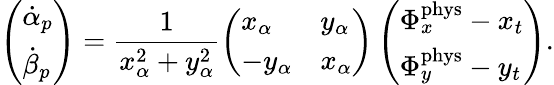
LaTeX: \left(\begin{array}{l}{\dot{\alpha}_{p}}\\ {\dot{\beta}_{p}}\end{array}\right)=\frac{1}{x_{\alpha}^{2}+y_{\alpha}^{2}}\left(\begin{array}{ll}{x_{\alpha}}&{y_{\alpha}}\\ {-y_{\alpha}}&{x_{\alpha}}\end{array}\right)\left(\begin{array}{l}{\Phi_{x}^{\mathrm{phys}}-x_{t}}\\ {\Phi_{y}^{\mathrm{phys}}-y_{t}}\end{array}\right).